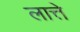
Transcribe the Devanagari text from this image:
लात्ते